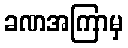
ခဏအကြာမှ